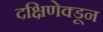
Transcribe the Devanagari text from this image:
दक्षिणेक्डून